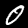
Label: 0